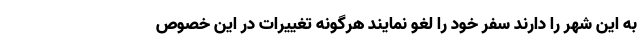
به این شهر را دارند سفر خود را لغو نمایند هرگونه تغییرات در این خصوص